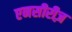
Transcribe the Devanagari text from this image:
एनसीरीज़